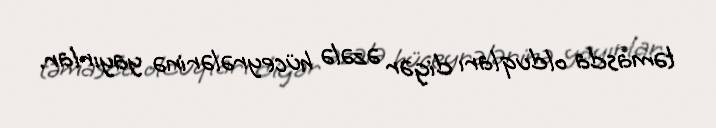
təmasda olduqları digər əzələ hüceyrələrinə yayırlar.